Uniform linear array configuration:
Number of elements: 4
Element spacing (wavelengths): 0.5
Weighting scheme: kaiser
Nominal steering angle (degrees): -15
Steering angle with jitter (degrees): -15.171
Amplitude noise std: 0.05
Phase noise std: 0.05

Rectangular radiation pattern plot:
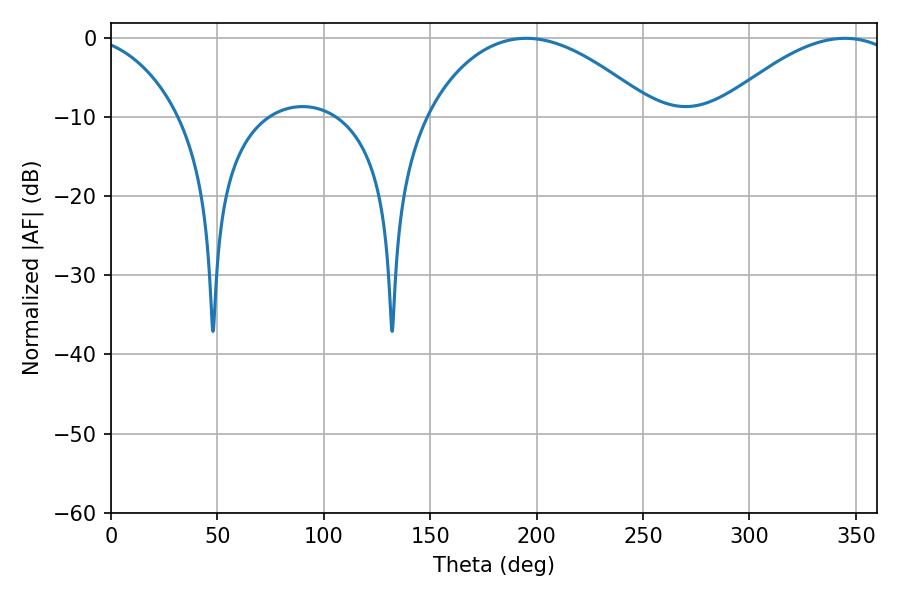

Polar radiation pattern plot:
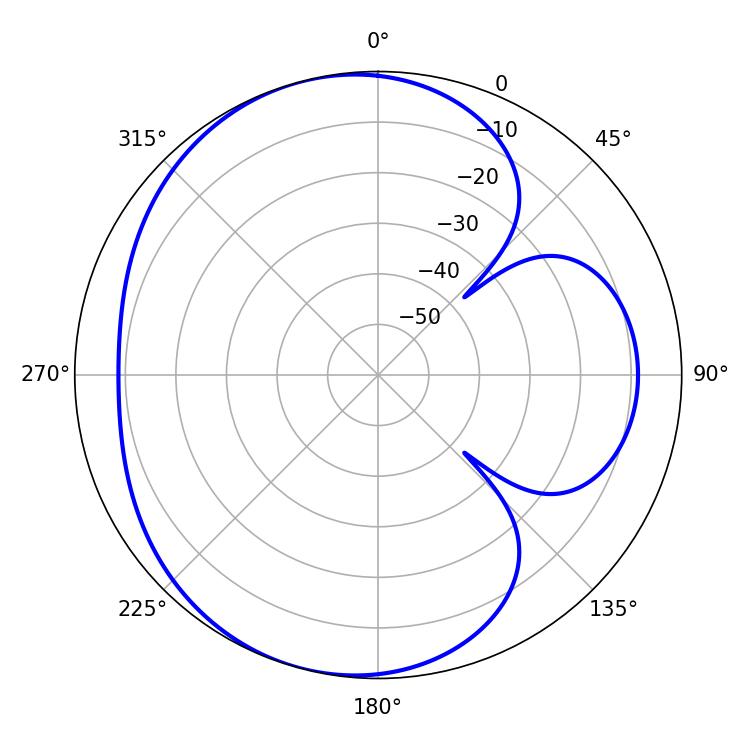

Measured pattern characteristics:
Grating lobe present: FALSE
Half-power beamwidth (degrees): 59.76
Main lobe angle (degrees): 195.12